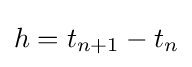
h=t_{n+1}-t_{n}